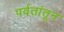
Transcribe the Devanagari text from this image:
पर्वतांतून